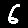
Digit: 6